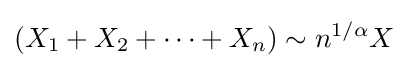
(X_{1}+X_{2}+\dotsb +X_{n})\sim n^{1/\alpha }X